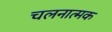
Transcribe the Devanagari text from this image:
चलनात्मक